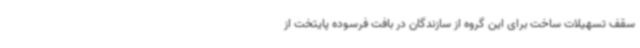
سقف تسهیلات ساخت برای این گروه از سازندگان در بافت فرسوده پایتخت از